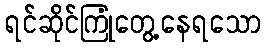
ရင်ဆိုင်ကြုံတွေ့နေရသော